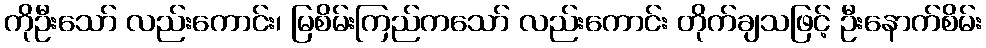
ကိုဦးသော် လည်းကောင်း၊ မြစိမ်းကြည်ကသော် လည်းကောင်း တိုက်ချသဖြင့် ဦးနောက်စိမ်း